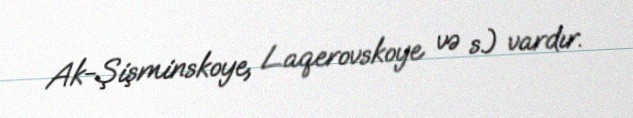
Ak-Şişminskoye, Laqerovskoye və s.) vardır.